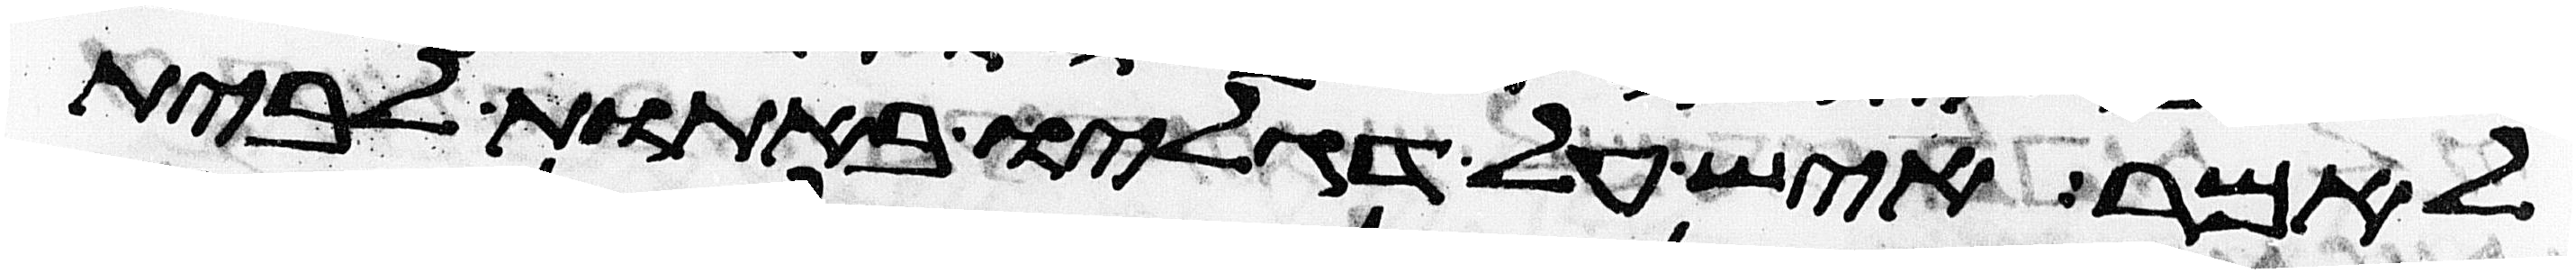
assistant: לאמר איש על דגליו באתות לבית